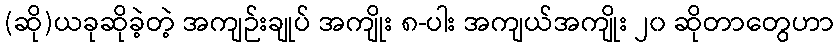
(ဆို)ယခုဆိုခဲ့တဲ့ အကျဉ်းချုပ် အကျိုး ၈-ပါး အကျယ်အကျိုး ၂၀ ဆိုတာတွေဟာ